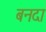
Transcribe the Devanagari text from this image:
बनदा